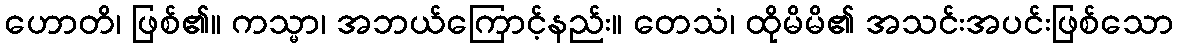
ဟောတိ၊ ဖြစ်၏။ ကသ္မာ၊ အဘယ်ကြောင့်နည်း။ တေသံ၊ ထိုမိမိ၏ အသင်းအပင်းဖြစ်သော